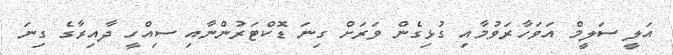
އަލީ ސަލީމް އަވަހާރަވުމާއި ގުޅިގެން ވަރަށް ގިނަ ޑޮކްޓަރުންނާއި ސިއްހީ ދާއިރާގެ ގިނަ